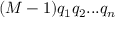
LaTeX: ( M - 1 ) q _ { 1 } q _ { 2 } . . . q _ { n }